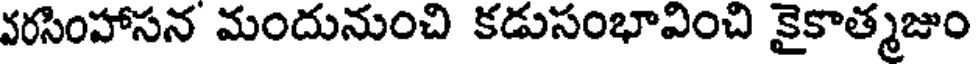
వరసింహాసన మందునుంచి కడుసంభావించి కైకాత్మజుం